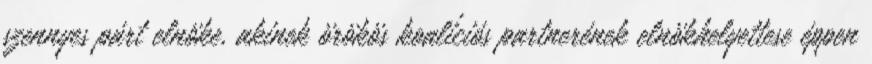
szennyes párt elnöke, akinek örökös koalíciós partnerének elnökhelyettese éppen